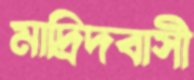
মাদ্রিদবাসী